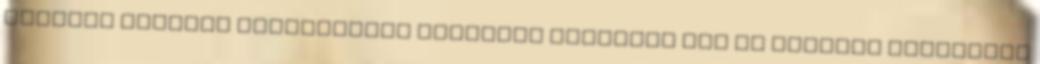
Vevőval történő egyeztetést követően kerülhet sor Az Európai Parlament